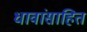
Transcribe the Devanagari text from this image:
धावांसाहित